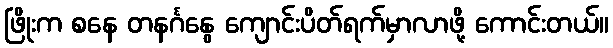
ဖြိုးက စနေ တနင်္ဂနွေ ကျောင်းပိတ်ရက်မှာလာဖို့ ကောင်းတယ်။